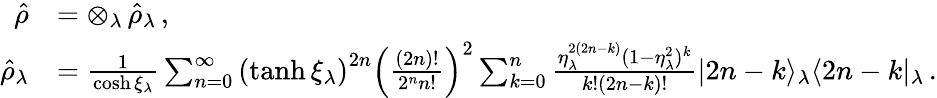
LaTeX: \begin{array}{rl}{\hat{\rho}}&{=\otimes_{\lambda}\, \hat{\rho}_{\lambda}\, ,}\\ {\hat{\rho}_{\lambda}}&{=\frac{1}{\cosh\xi_{\lambda}}\sum_{n=0}^{\infty}\left(\operatorname{tanh}\xi_{\lambda}\right)^{2n}\left(\frac{(2n)!}{2^{n}n!}\right)^{2}\sum_{k=0}^{n}\frac{\eta_{\lambda}^{2(2n-k)}(1-\eta_{\lambda}^{2})^{k}}{k!(2n-k)!}|2n-k\rangle_{\lambda}\langle 2n-k|_{\lambda}\, .}\end{array}